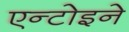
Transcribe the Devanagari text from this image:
एन्टोइने